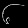
Digit: ၆